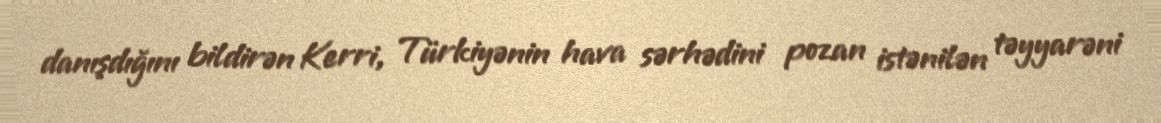
danışdığını bildirən Kerri, Türkiyənin hava sərhədini pozan istənilən təyyarəni